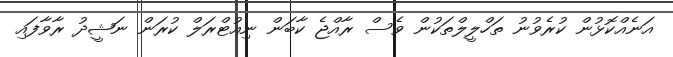
އަނެއްކޮޅުން ކުރެވުނު ތަހްލީލްތަކުން ވެސް ރާއްޖެ ކާބަން ނިއުޓްރަލް ކުރަން ނަޝީދު ރާވާފައި